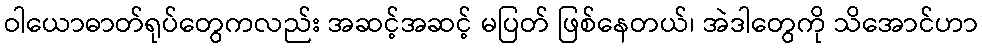
ဝါယောဓာတ်ရုပ်တွေကလည်း အဆင့်အဆင့် မပြတ် ဖြစ်နေတယ်၊ အဲဒါတွေကို သိအောင်ဟာ